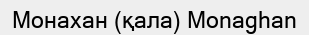
Монахан (қала) Monaghan